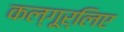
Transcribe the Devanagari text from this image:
कल्गूर्लिए